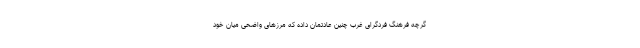
گرچه فرهنگ فردگرای غرب چنین عادتمان داده که مرزهای واضحی میان خود